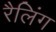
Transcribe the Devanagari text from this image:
रैलिंग